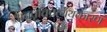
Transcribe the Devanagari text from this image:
अनुवृत्तिप्रत्ययकारणं